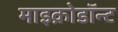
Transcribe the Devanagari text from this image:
माइक्रोडॉन्ट